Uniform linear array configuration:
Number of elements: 32
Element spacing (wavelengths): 0.25
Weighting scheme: cosine
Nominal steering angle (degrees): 15
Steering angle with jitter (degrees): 14.04
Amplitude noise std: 0.05
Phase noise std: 0.05

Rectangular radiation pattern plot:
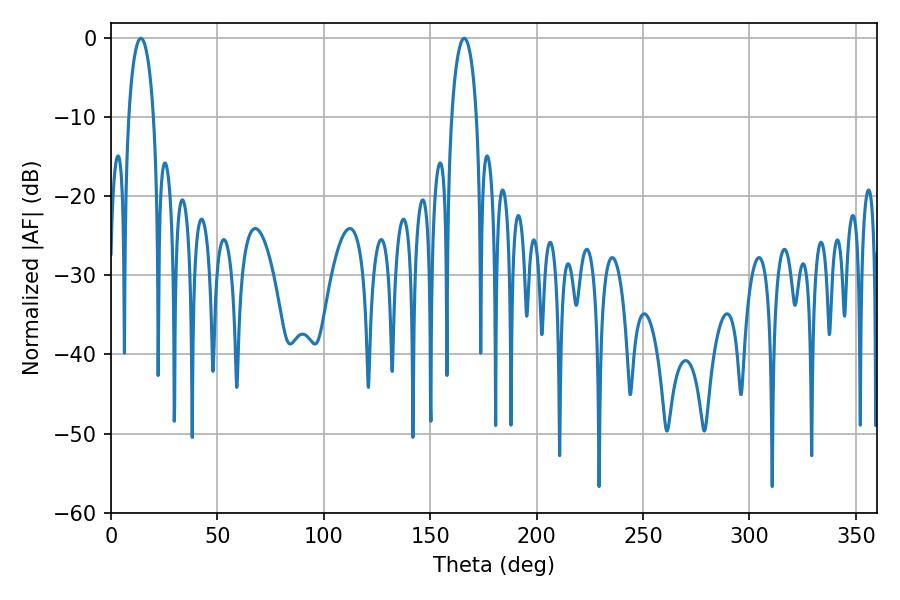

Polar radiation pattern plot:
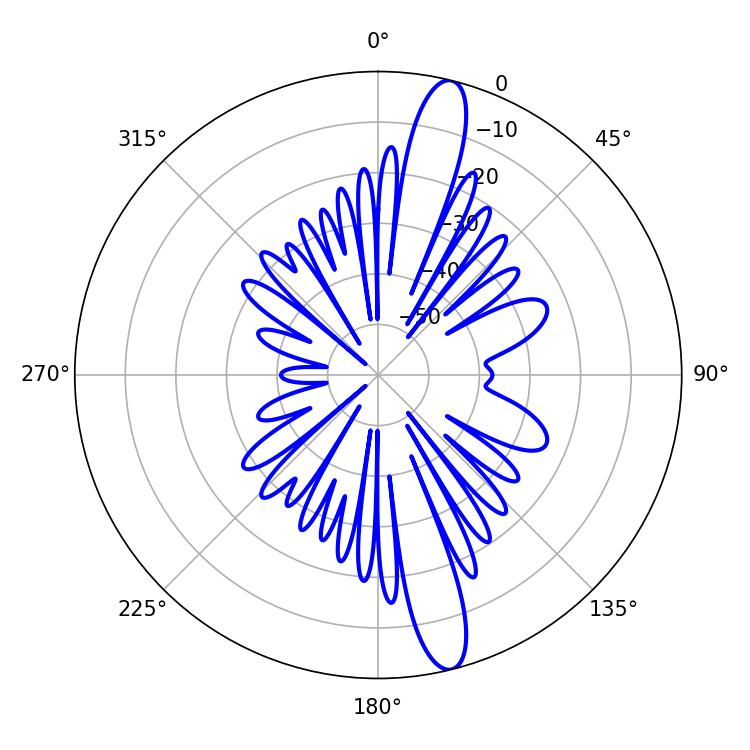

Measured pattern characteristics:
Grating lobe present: FALSE
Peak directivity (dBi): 15.004
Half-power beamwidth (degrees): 6.66
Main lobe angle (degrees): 14.04